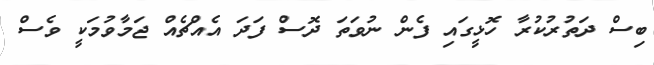
ބިސް ދަތުރުކުރާ ހޮޅީގައި ފެން ނުވަތަ ދޮސް ފަދަ އެއްޗެއް ޖަމާވުމަކީ ވެސް